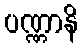
ပဏ္ဏာနိ